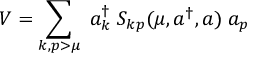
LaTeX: V = \sum _ { k , p > \mu } \; a _ { k } ^ { \dagger } \; S _ { k p } ( \mu , a ^ { \dagger } , a ) \; a _ { p }